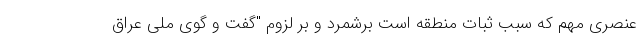
عنصری مهم که سبب ثبات منطقه است برشمرد و بر لزوم "گفت و گوی ملی عراق